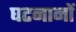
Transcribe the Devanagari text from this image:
घटनानों